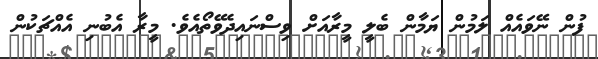
ފުން ނޭވައެއް ލަމުން ޔަމާން ބެލީ މީރާއަށް ވިސްނައިދެވޭތޯއެވެ. މީރާ އެބުނި އެއްޗަކުން